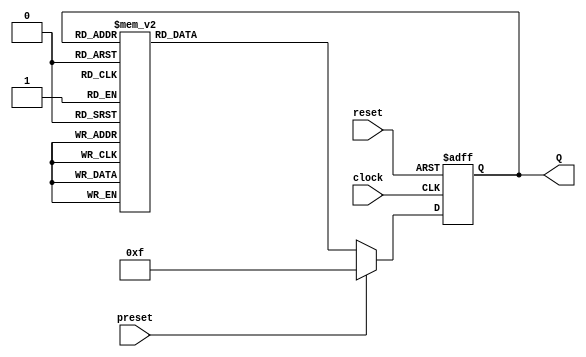
/*
Prtica Contador (Projetar um circuito digital sequencial para um contador sncrono crescente de 4 bits que conte de 0 at 15 (mdulo 16))
Alunos: Alexandre Roque, Henrique Coelho, Vitor Santana.
Disciplina: Sistemas Digitais.
Professora: Mara Coelho.
*/
module contador(clock, reset, preset, Q);
	input clock, reset, preset;
	// Entradas: clock, reset e preset
	output reg [3:0] Q;
	// Sadas: [3:0] Q ; Nmero de 4 bits a ser contado.
	always@(posedge clock or posedge reset)
		begin
			if(reset)
				begin
					Q <= 4'b0000;
				end //if(reset)
			else if(preset)
				begin
					Q <= 4'b1111;
				end//else if(preset)			
			else
				begin
					case(Q) //Definio comportamental com atribuio n0-bloqueante para o circuito.					
						4'b0000: Q <= 4'b0001;
						4'b0001: Q <= 4'b0010;
						4'b0010: Q <= 4'b0011;
						4'b0011: Q <= 4'b0100;
						4'b0100: Q <= 4'b0101;
						4'b0101: Q <= 4'b0110;
						4'b0110: Q <= 4'b0111;
						4'b0111: Q <= 4'b1000;
						4'b1000: Q <= 4'b1001;
						4'b1001: Q <= 4'b1010;
						4'b1010: Q <= 4'b1011;
						4'b1011: Q <= 4'b1100;
						4'b1100: Q <= 4'b1101;
						4'b1101: Q <= 4'b1110;
						4'b1110: Q <= 4'b1111;
						4'b1111: Q <= 4'b0000;
					endcase					
				end //else				
	end //always@	
endmodule